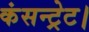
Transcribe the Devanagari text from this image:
कंसन्ट्रेट।